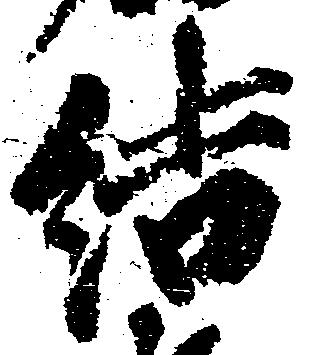
結